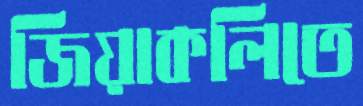
জিয়াকলিতে